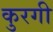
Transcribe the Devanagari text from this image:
कुरगी